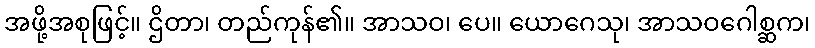
အဖို့အစုဖြင့်။ ဌိတာ၊ တည်ကုန်၏။ အာသဝ၊ ပေ။ ယောဂေသု၊ အာသဝဂေါစ္ဆက၊